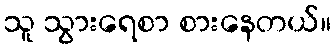
သူ သွားရေစာ စားနေတယ်။